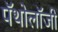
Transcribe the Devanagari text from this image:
पॅथोलॉजी